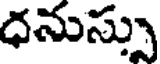
ధనుస్సు